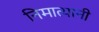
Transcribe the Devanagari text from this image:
निमात्यानी